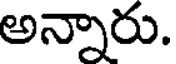
అన్నారు.